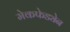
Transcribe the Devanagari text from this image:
मेकफेड्येन